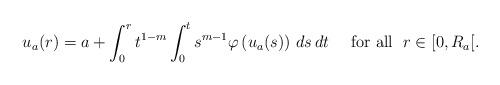
LaTeX: \begin{align*}u_a(r)=a+\int_0^rt^{1-m}\int_0^ts^{m-1}\varphi\left(u_a(s)\right)\,ds\,dt\quad\textrm{ for all }\; r\in[0,R_a[.\end{align*}